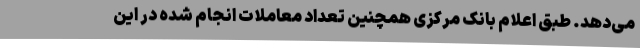
می‌دهد. طبق اعلام بانک مرکزی همچنین تعداد معاملات انجام شده در این